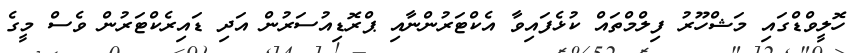
ހޮލީވްޑްގައި މަޝްހޫރު ފިލްމްތައް ކުޅެފައިވާ އެކްޓަރުންނާއި ޕްރޮޑިއުސަރުން އަދި ޑައިރެކްޓަރުން ވެސް މީގެ